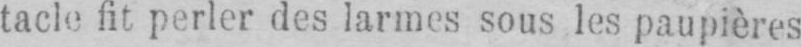
tacle fit perler des larmes sous les paupières